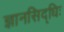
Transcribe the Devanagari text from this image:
ज्ञानसिद्धिः